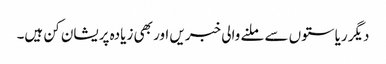
دیگر ریاستوں سے ملنے والی خبریں اور بھی زیادہ پریشان کن ہیں۔